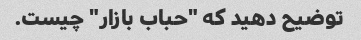
توضیح دهید که "حباب بازار" چیست.